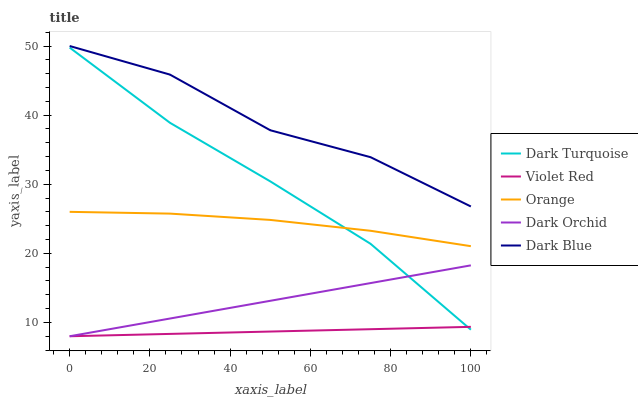
| xaxis_label | Dark Turquoise | Violet Red | Orange | Dark Orchid | Dark Blue |
 | --- | --- | --- | --- | --- | --- |
 | 0 | 49.8 | 8 | 26 | 8 | 50 |
 | 25 | 38.9 | 8.34 | 25.7 | 10.6 | 45.9 |
 | 50 | 30.4 | 8.68 | 24.8 | 13.1 | 37.8 |
 | 75 | 21.4 | 9.02 | 23.3 | 15.7 | 33.9 |
 | 100 | 8.95 | 9.36 | 21 | 18.3 | 26.8 |